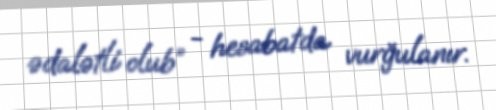
ədalətli olub” - hesabatda vurğulanır.